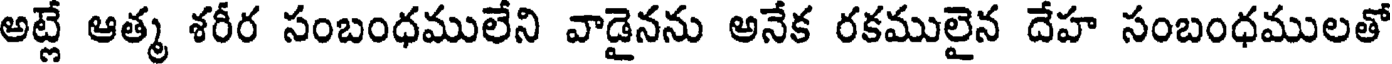
అట్లే ఆత్మ శరీర సంబంధములేని వాడైనను అనేక రకములైన దేహ సంబంధములతో